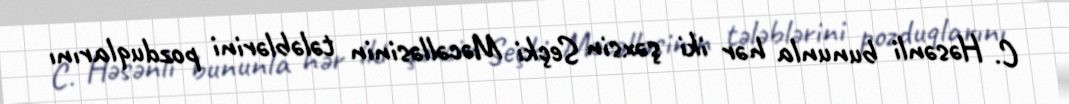
C. Həsənli bununla hər iki şəxsin Seçki Məcəlləsinin tələblərini pozduqlarını